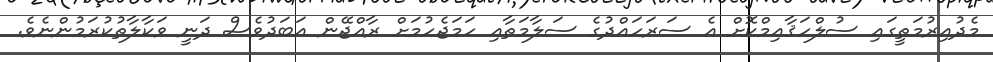
މެދުއިރުމަތީގައި ސުލްހަޤާއިމްކޮށް އެ ސަރަހައްދުގެ ސަލާމަތާއި ހަމަޖެހުމަށް ރާއްޖޭން އަބަދުވެސް ދަނީ ވަކާލާތުކުރަމުންނެވެ.